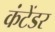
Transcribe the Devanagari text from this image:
कंटेंडर